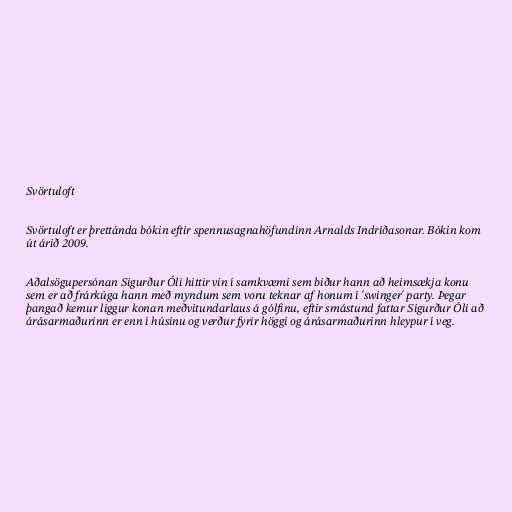
Svörtuloft

Svörtuloft er þrettánda bókin eftir spennusagnahöfundinn Arnalds Indriðasonar. Bókin kom
út árið 2009.

Aðalsögupersónan Sigurður Óli hittir vin í samkvæmi sem biður hann að heimsækja konu
sem er að frárkúga hann með myndum sem voru teknar af honum í 'swinger' party. Þegar
þangað kemur liggur konan meðvitundarlaus á gólfinu, eftir smástund fattar Sigurður Óli að
árásarmaðurinn er enn í húsinu og verður fyrir höggi og árásarmaðurinn hleypur í veg.